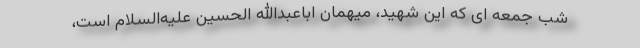
شب جمعه ای که این شهید، میهمان اباعبدالله الحسین علیه‌السلام است،